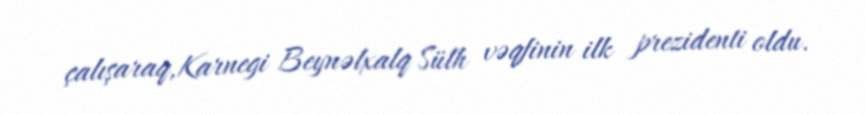
çalışaraq,Karnegi Beynəlxalq Sülh vəqfinin ilk prezidenti oldu.